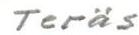
Teräs